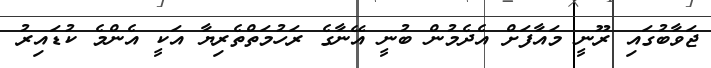
ޖަވާބުގައި ރޫނީ މައާފަށް އެދެމުން ބުނީ އޭނާގެ ރަހުމަތްތެރިޔާ އަކީ އެންމެ ކުޑައިރު